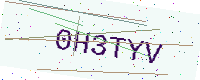
Text: 0H3TYV